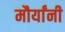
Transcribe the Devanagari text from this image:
मौर्यांनी